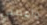
وأعطني